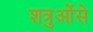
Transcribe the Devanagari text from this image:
शत्रुओंसे